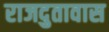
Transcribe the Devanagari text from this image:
राजदुतावास